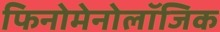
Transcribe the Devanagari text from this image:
फिनोमेनोलॉजिक